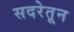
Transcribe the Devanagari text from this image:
सदरेतून